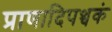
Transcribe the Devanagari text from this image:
प्राणादिपञ्चकं